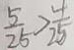
\frac { 5 } { 2 5 } > \frac { 4 } { 2 5 }